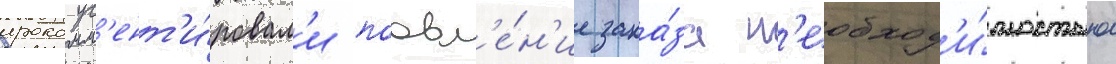
прокомм'ент'и́ровал'и поавл'е́н'ие зака́за н'еобход'и́мостью